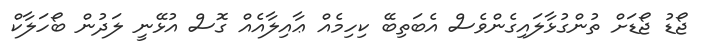
ޖޯޑު ޖޯޑަށް ތުންގުޅާލައިގެންވެސް އެބަތިބޭ ކިހިމެއް ޢާއިލާއެއް ގޮސް އުޅޭނީ ލަދުން ބޯހަލާކް